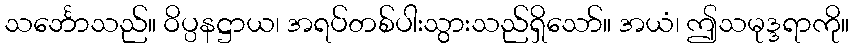
သင်္ဘောသည်။ ဝိပ္ပနဋ္ဌာယ၊ အရပ်တစ်ပါးသွားသည်ရှိသော်။ အယံ၊ ဤသမုဒ္ဒရာကို။